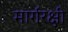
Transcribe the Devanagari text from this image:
मार्गरक्षी